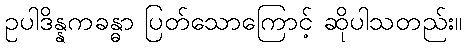
ဥပါဒိန္နကခန္ဓာ ပြတ်သောကြောင့် ဆိုပါသတည်း။